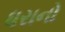
ધરાનો